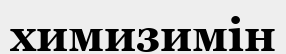
химизимін